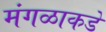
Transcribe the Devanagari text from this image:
मंगळाकडे